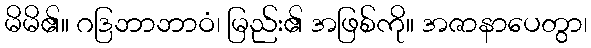
မိမိ၏။ ဂဒြဘာဘာဝံ၊ မြည်း၏ အဖြစ်ကို။ အဇာနာပေတွာ၊